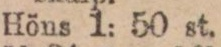
Höns 1: 50 st.